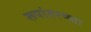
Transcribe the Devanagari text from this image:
रूपांतरणता